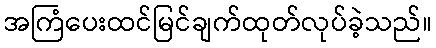
အကြံပေးထင်မြင်ချက်ထုတ်လုပ်ခဲ့သည်။